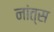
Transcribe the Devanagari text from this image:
नांत्स